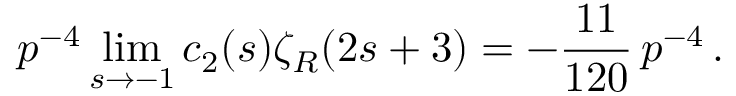
p ^ { - 4 } \operatorname * { l i m } _ { s \to - 1 } c _ { 2 } ( s ) \zeta _ { R } ( 2 s + 3 ) = - \frac { 1 1 } { 1 2 0 } \, p ^ { - 4 } \, .